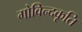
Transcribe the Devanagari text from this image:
गोविन्दकृति